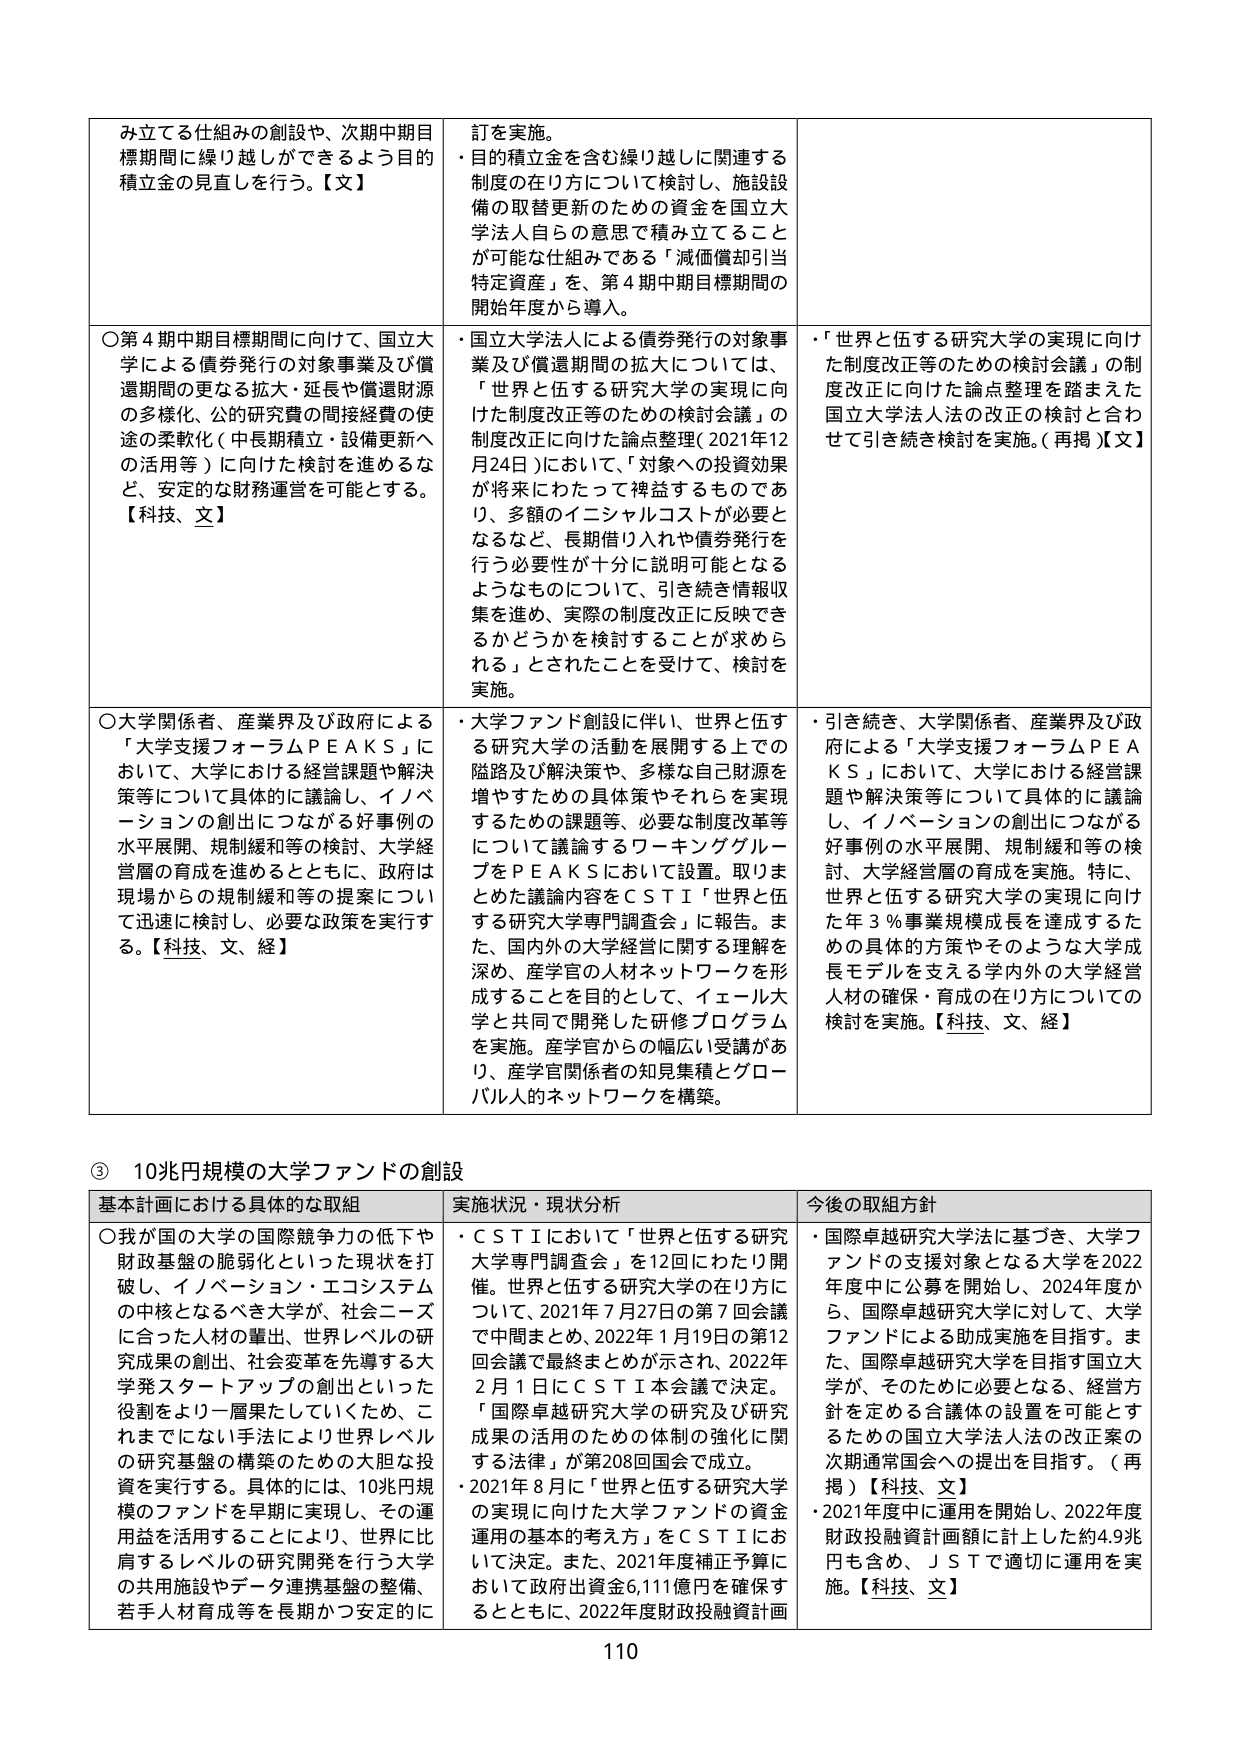
み立てる仕組みの創設や、次期中期目標期間に繰り越しができるよう目的積立金の見直しを行う。【文】

○第4期中期目標期間に向けて、国立大学による債券発行の対象事業及び償還期間の更なる拡大・延長や償還財源の多様化、公的研究費の間接経費の使途の柔軟化（中長期積立・設備更新への活用等）に向けた検討を進めるなど、安定的な財務運営を可能とする。【科技、文】

○大学関係者、産業界及び政府による「大学支援フォーラムＰＥＡＫＳ」において、大学における経営課題や解決策等について具体的に議論し、イノベーションの創出につながる好事例の水平展開、規制緩和等の検討、大学経営層の育成を進めるとともに、政府は現場からの規制緩和等の提案について迅速に検討し、必要な政策を実行する。【科技、文、経】

訂を実施。
・目的積立金を含む繰り越しに関連する制度の在り方について検討し、施設設備の取替更新のための資金を国立大学法人自らの意思で積み立てることが可能な仕組みである「減価償却引当特定資産」を、第4期中期目標期間の開始年度から導入。

・国立大学法人による債券発行の対象事業及び償還期間の拡大については、「世界と伍する研究大学の実現に向けた制度改正等のための検討会議」の制度改正に向けた論点整理（2021年12月24日）において、「対象への投資効果が将来にわたって裨益するものであり、多額のイニシャルコストが必要となるなど、長期借り入れや債券発行を行う必要性が十分に説明可能となるようなものについて、引き続き情報収集を進め、実際の制度改正に反映できるかどうかを検討することが求められる」とされたことを受けて、検討を実施。

・大学ファンド創設に伴い、世界と伍する研究大学の活動を展開する上での隘路及び解決策や、多様な自己財源を増やすための具体策やそれらを実現するための課題等、必要な制度改革等について議論するワーキンググループをＰＥＡＫＳにおいて設置。取りまとめた議論内容をＣＳＴＩ「世界と伍する研究大学専門調査会」に報告。また、国内外の大学経営に関する理解を深め、産学官の人材ネットワークを形成することを目的として、イェール大学と共同で開発した研修プログラムを実施。産学官からの幅広い受講があり、産学官関係者の知見集積とグローバル人的ネットワークを構築。

・「世界と伍する研究大学の実現に向けた制度改正等のための検討会議」の制度改正に向けた論点整理を踏まえた国立大学法人法の改正の検討と合わせて引き続き検討を実施。（再掲）【文】

・引き続き、大学関係者、産業界及び政府による「大学支援フォーラムＰＥＡＫＳ」において、大学における経営課題や解決策等について具体的に議論し、イノベーションの創出につながる好事例の水平展開、規制緩和等の検討、大学経営層の育成を実施。特に、世界と伍する研究大学の実現に向けた年3％事業規模成長を達成するための具体的方策やそのような大学成長モデルを支える学内外の大学経営人材の確保・育成の在り方についての検討を実施。【科技、文、経】

③ 10兆円規模の大学ファンドの創設

基本計画における具体的な取組
○我が国の大学の国際競争力の低下や財政基盤の脆弱化といった現状を打破し、イノベーション・エコシステムの中核となるべき大学が、社会ニーズに合った人材の輩出、世界レベルの研究成果の創出、社会変革を先導する大学発スタートアップの創出といった役割をより一層果たしていくため、これまでにない手法により世界レベルの研究基盤の構築のための大胆な投資を実行する。具体的には、10兆円規模のファンドを早期に実現し、その運用益を活用することにより、世界に比肩するレベルの研究開発を行う大学の共用施設やデータ連携基盤の整備、若手人材育成等を長期かつ安定的に

実施状況・現状分析
・ＣＳＴＩにおいて「世界と伍する研究大学専門調査会」を12回にわたり開催。世界と伍する研究大学の在り方について中間まとめ、2021年7月27日の第7回会議で中間まとめ、2022年1月19日の第12回会議で最終まとめが示され、2022年2月1日にＣＳＴＩ本会議で決定。「国際卓越研究大学の研究及び研究成果の活用のための体制の強化に関する法律」が第208回国会で成立。
・2021年8月に「世界と伍する研究大学の実現に向けた大学ファンドの資金運用の基本の考え方」をＣＳＴＩにおいて決定。また、2021年度補正予算において政府出資金6,111億円を確保するとともに、2022年度財政投融資計画

今後の取組方針
・国際卓越研究大学法に基づき、大学ファンドの支援対象となる大学を2022年度中に公募を開始し、2024年度から、国際卓越研究大学に対して、大学ファンドによる助成実施を目指す。また、国際卓越研究大学を目指す国立大学が、そのために必要となる、経営方針を定める合議体の設置を可能とするための国立大学法人法の改正案の次期通常国会への提出を目指す。（再掲）【科技、文】
・2021年度中に運用を開始し、2022年度財政投融資計画額に計上した約4.9兆円も含め、ＪＳＴで適切に運用を実施。【科技、文】

110